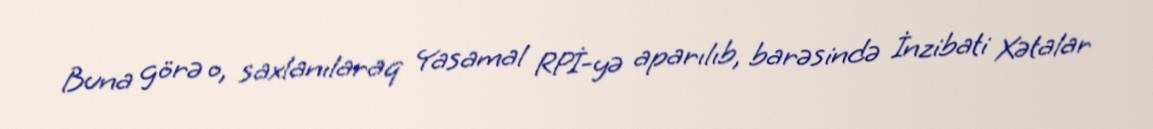
Buna görə o, saxlanılaraq Yasamal RPİ-yə aparılıb, barəsində İnzibati Xətalar